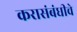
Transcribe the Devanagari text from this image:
करासंबंधीचे